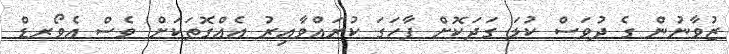
ޒުވާނުން ގެ ދުވަސް ކުލަ ގަދަކޮށް ފާހަގަ ކުރައްވާއިރު އެއްގޮތަކަށް ވެސް އެވޯރޑް